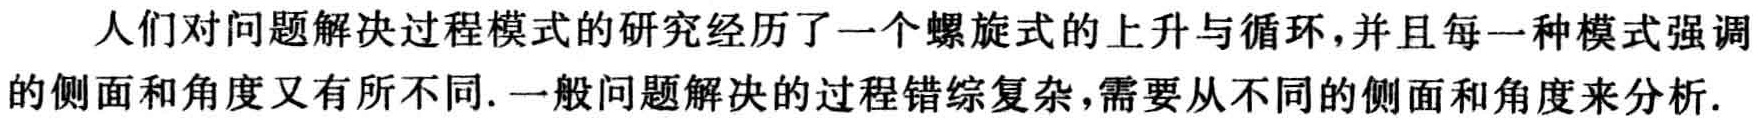
人们对问题解决过程模式的研究经历了一个螺旋式的上升与循环,并且每一种模式强调的侧面和角度又有所不同.一般问题解决的过程错综复杂,需要从不同的侧面和角度来分析.